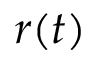
r ( t )